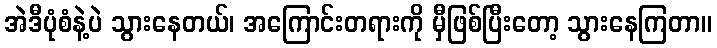
အဲဒီပုံစံနဲ့ပဲ သွားနေတယ်၊ အကြောင်းတရားကို မှီဖြစ်ပြီးတော့ သွားနေကြတာ။